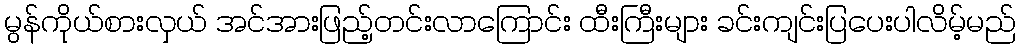
မွန်ကိုယ်စားလှယ် အင်အားဖြည့်တင်းလာကြောင်း ထီးကြီးများ ခင်းကျင်းပြပေးပါလိမ့်မည်